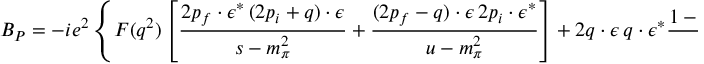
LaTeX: { \cal B } _ { P } = - i e ^ { 2 } \left\{ F ( q ^ { 2 } ) \left[ \frac { 2 p _ { f } \cdot \epsilon ^ { \ast } \, ( 2 p _ { i } + q ) \cdot \epsilon } { s - m _ { \pi } ^ { 2 } } + \frac { ( 2 p _ { f } - q ) \cdot \epsilon \, 2 p _ { i } \cdot \epsilon ^ { \ast } } { u - m _ { \pi } ^ { 2 } } \right] + 2 q \cdot \epsilon \, q \cdot \epsilon ^ { \ast } \frac { 1 - F ( q ^ { 2 } ) } { q ^ { 2 } } \right\} ,